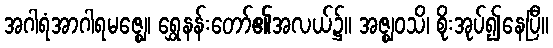
အဂါရံအာဂါရမဇ္ဈေ၊ ရွှေနန်းတော်၏အလယ်၌။ အဇ္ဈဝသိ၊ စိုးအုပ်၍နေပြီ။